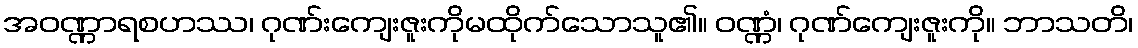
အဝဏ္ဏာရစဟဿ၊ ဂုဏ်းကျေးဇူးကိုမထိုက်သောသူ၏။ ဝဏ္ဏံ၊ ဂုဏ်ကျေးဇူးကို။ ဘာသတိ၊